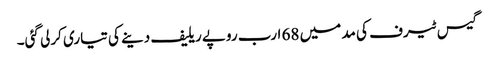
گیس ٹیرف کی مد میں 68 ارب روپے ریلیف دینے کی تیاری کرلی گئی۔